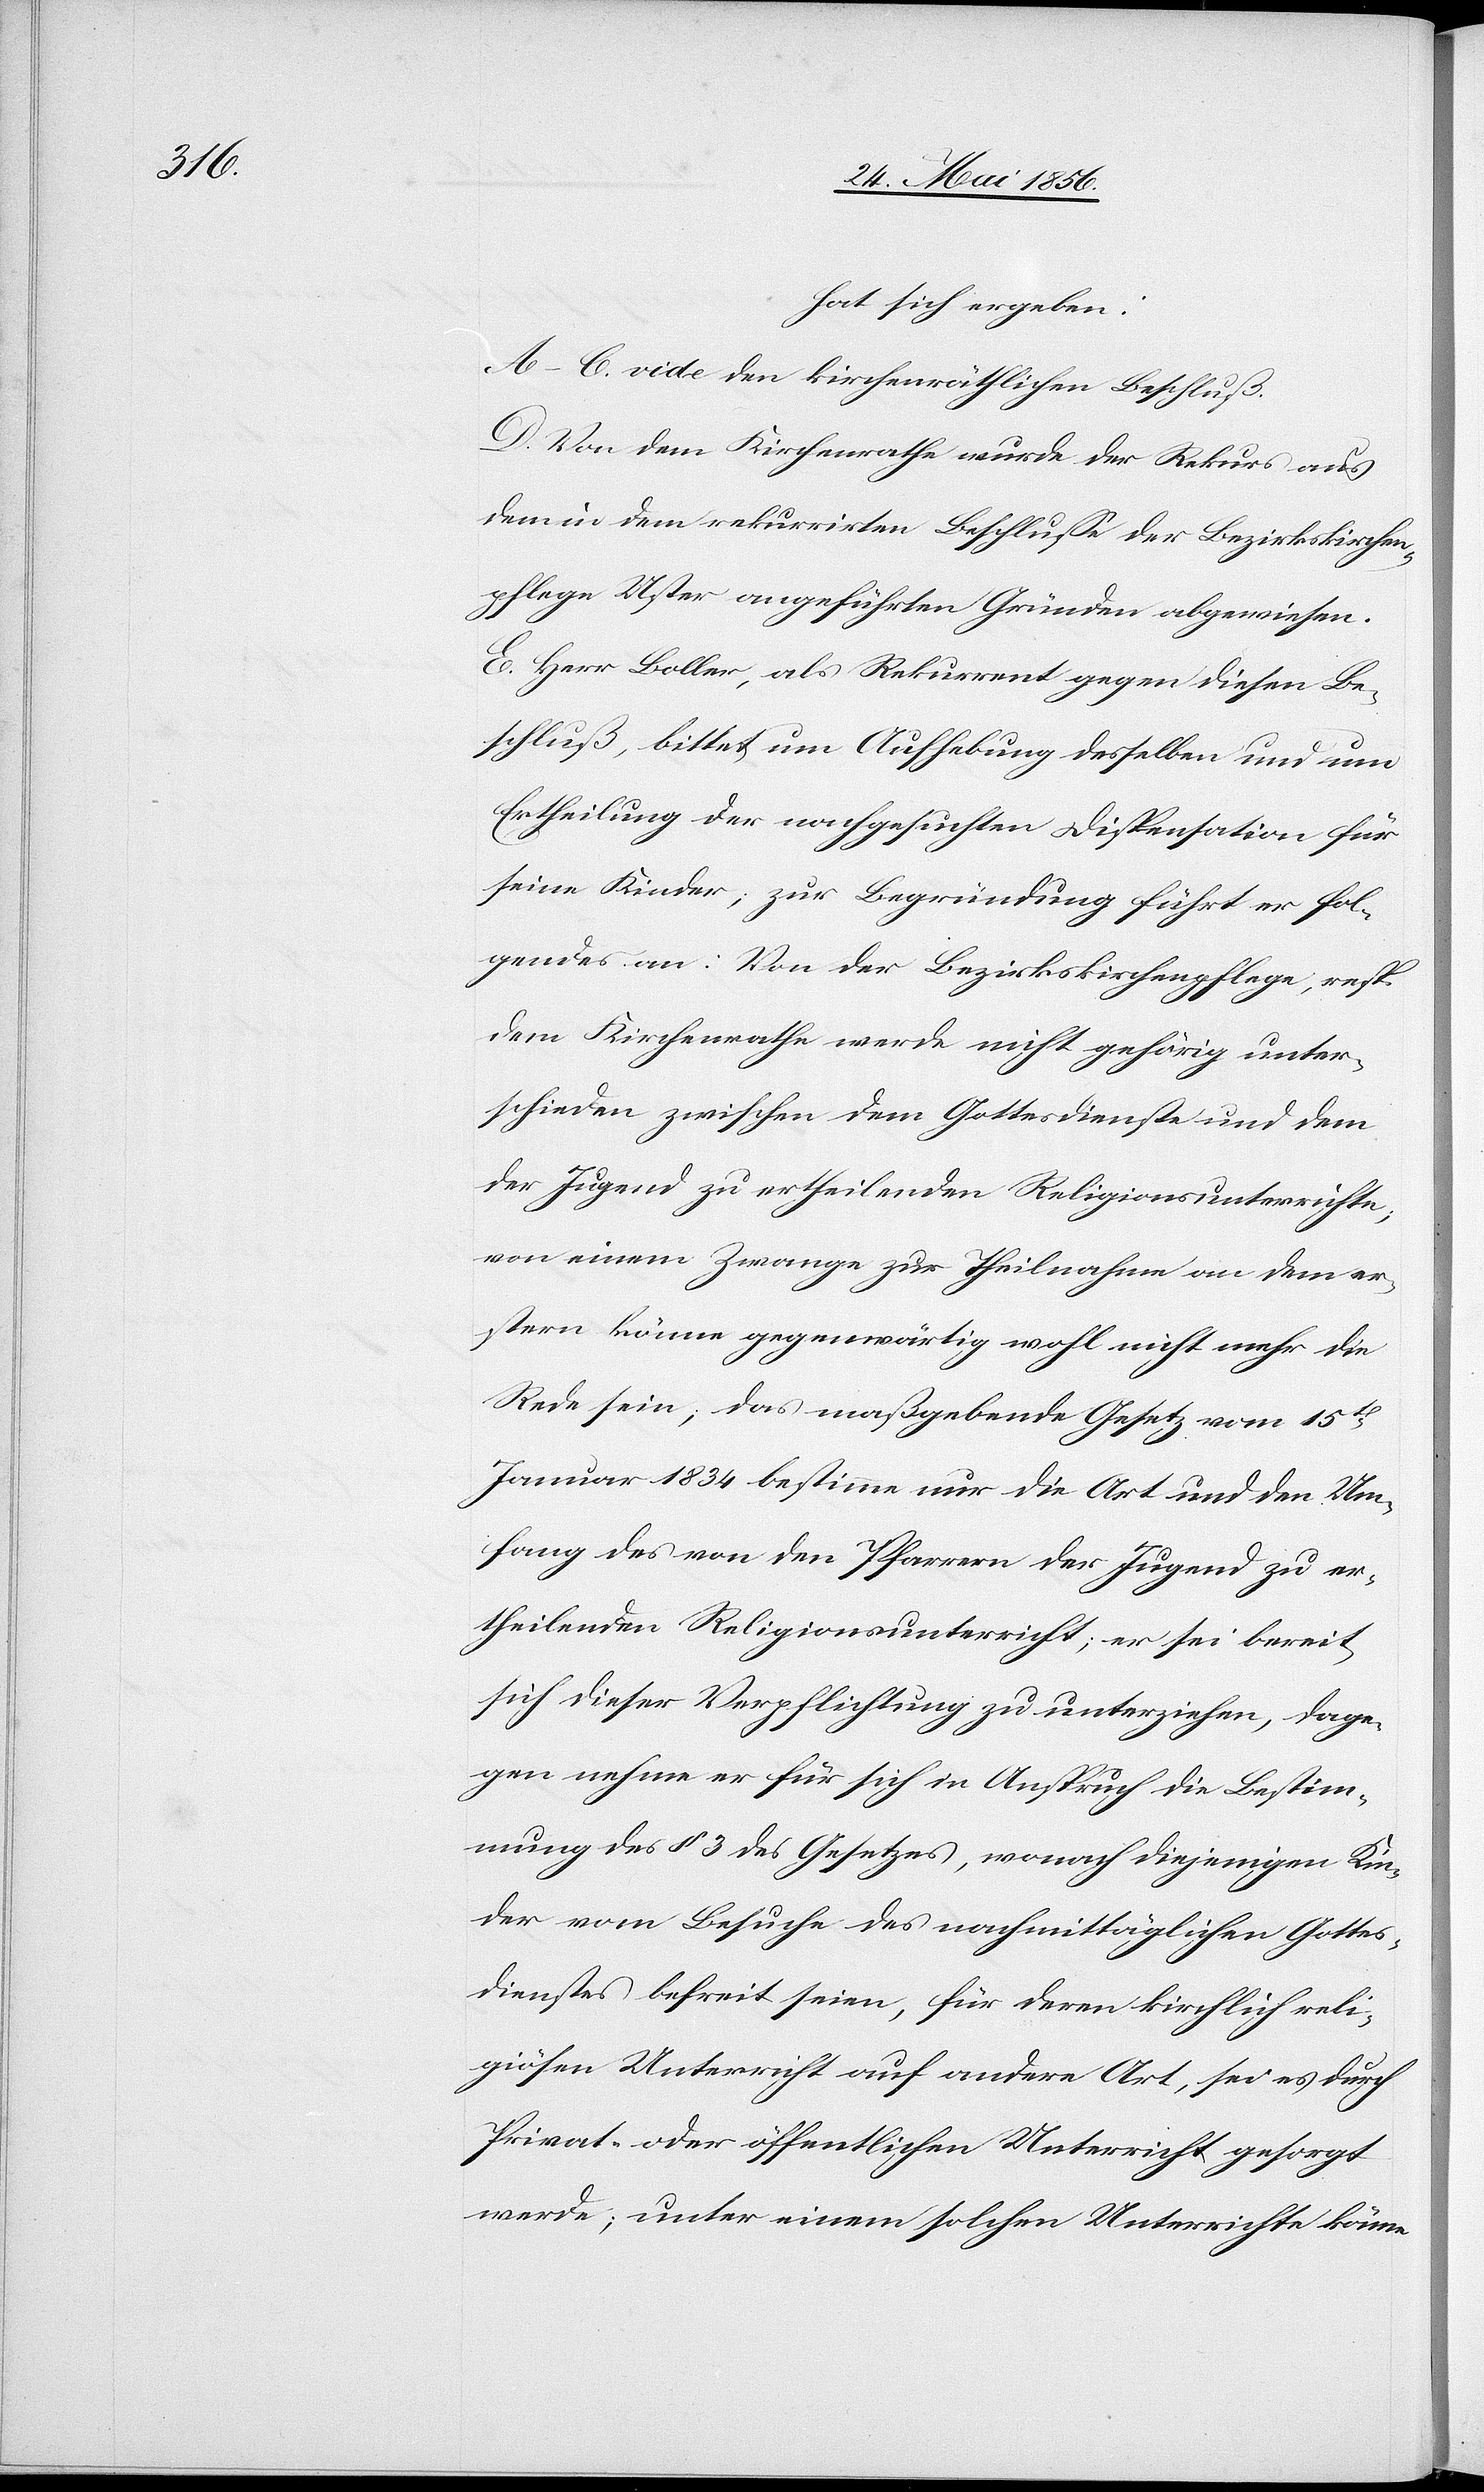
hat sich ergeben:
A–C. vide den kirchenräthlichen Beschluß.
D. Von dem Kirchenrathe wurde der Rekurs aus
dem in dem rekurrirten Beschlusse der Bezirkskirchen¬
pflege Uster angeführten Gründen abgewiesen.
E. Herr Boller, als Rekurrent gegen diesen Be¬
schluß, bittet um Aufhebung desselben und um
Ertheilung der nachgesuchten Dispensation für
seine Kinder; zur Begründung führt er fol¬
gendes an: Von der Bezirkskirchenpflege, resp.
dem Kirchenrathe werde nicht gehörig unter¬
schieden zwischen dem Gottesdienste und dem
der Jugend zu ertheilenden Religionsunterrichte;
von einem Zwange zur Theilnahme an dem er¬
stern könne gegenwärtig wohl nicht mehr die
Rede sein; das maßgebende Gesetz vom 15t
Januar 1834 bestimme nur die Art und den Um¬
fang des von den Pfarrern der Jugend zu er¬
theilenden Religionsunterricht; er sei bereit,
sich dieser Verpflichtung zu unterziehen, dage¬
gen nehme er für sich in Anspruch die Bestim¬
mung des § 3 des Gesetzes, wonach diejenigen Kin¬
der vom Besuche des nachmittäglichen Gottes¬
dienstes befreit seien, für deren kirchlich reli¬
giösen Unterricht auf andere Art, sei es durch
Privat- oder öffentlichen Unterricht gesorgt
werde; unter einem solchen Unterrichte könne